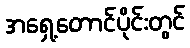
အရှေ့တောင်ပိုင်းတွင်